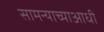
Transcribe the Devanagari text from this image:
सामन्याच्याआधी